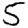
Digit: 5